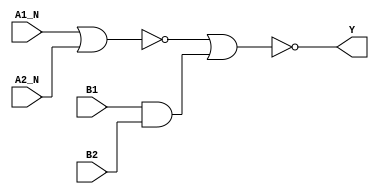
module sky130_fd_sc_ls__a2bb2oi (
    Y   ,
    A1_N,
    A2_N,
    B1  ,
    B2
);

    // Module ports
    output Y   ;
    input  A1_N;
    input  A2_N;
    input  B1  ;
    input  B2  ;

    // Module supplies
    supply1 VPWR;
    supply0 VGND;
    supply1 VPB ;
    supply0 VNB ;

    // Local signals
    wire and0_out  ;
    wire nor0_out  ;
    wire nor1_out_Y;

    //  Name  Output      Other arguments
    and and0 (and0_out  , B1, B2            );
    nor nor0 (nor0_out  , A1_N, A2_N        );
    nor nor1 (nor1_out_Y, nor0_out, and0_out);
    buf buf0 (Y         , nor1_out_Y        );

endmodule